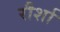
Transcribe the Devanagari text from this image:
रौर्शा